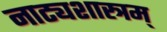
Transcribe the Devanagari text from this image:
नाट्यशास्त्रम्